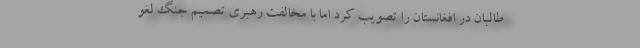
طالبان در افغانستان را تصویب کرد اما با مخالفت رهبری تصمیم جنگ لغو